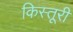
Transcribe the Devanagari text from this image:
किस्तूरी